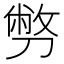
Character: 𠟈